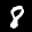
Label: 8